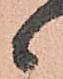
候